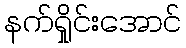
နက်ရှိုင်းအောင်